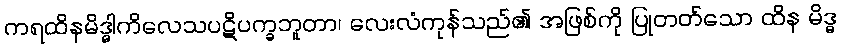
ကရထိနမိဒ္ဓါကိလေသပဋိပက္ခဘူတာ၊ လေးလံကုန်သည်၏ အဖြစ်ကို ပြုတတ်သော ထိန မိဒ္ဓ